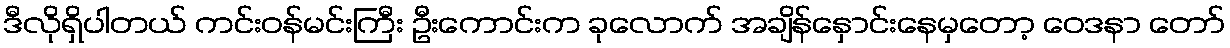
ဒီလိုရှိပါတယ် ကင်းဝန်မင်းကြီး ဦးကောင်းက ခုလောက် အချိန်နှောင်းနေမှတော့ ဝေဒနာ တော်